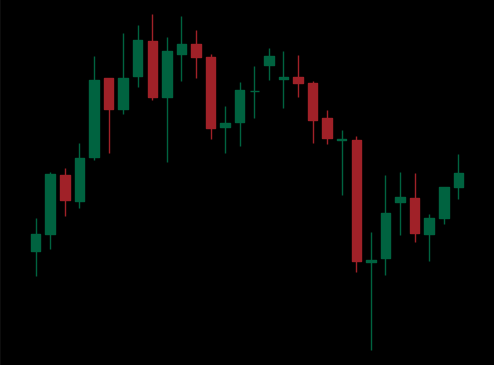
Pattern: unclassified